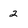
Character: 2